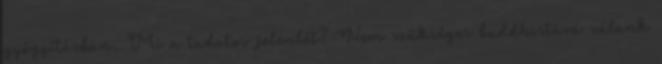
gyógyításban. Mi a tudatos jelenlét? Nem szükséges buddhistává válunk